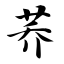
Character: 荞